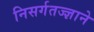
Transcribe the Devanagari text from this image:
निसर्गतज्‍ज्ञाने